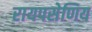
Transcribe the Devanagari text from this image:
रायपसेणिय